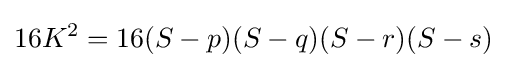
16K^{2}=16(S-p)(S-q)(S-r)(S-s)